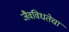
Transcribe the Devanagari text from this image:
जैवविधतेचा